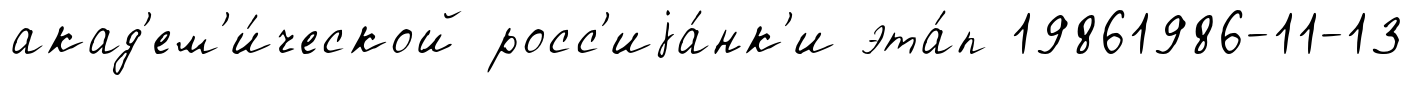
акад'ем'и́ческой росс'иjа́нк'и эта́п 19861986-11-13